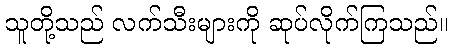
သူတို့သည် လက်သီးများကို ဆုပ်လိုက်ကြသည်။